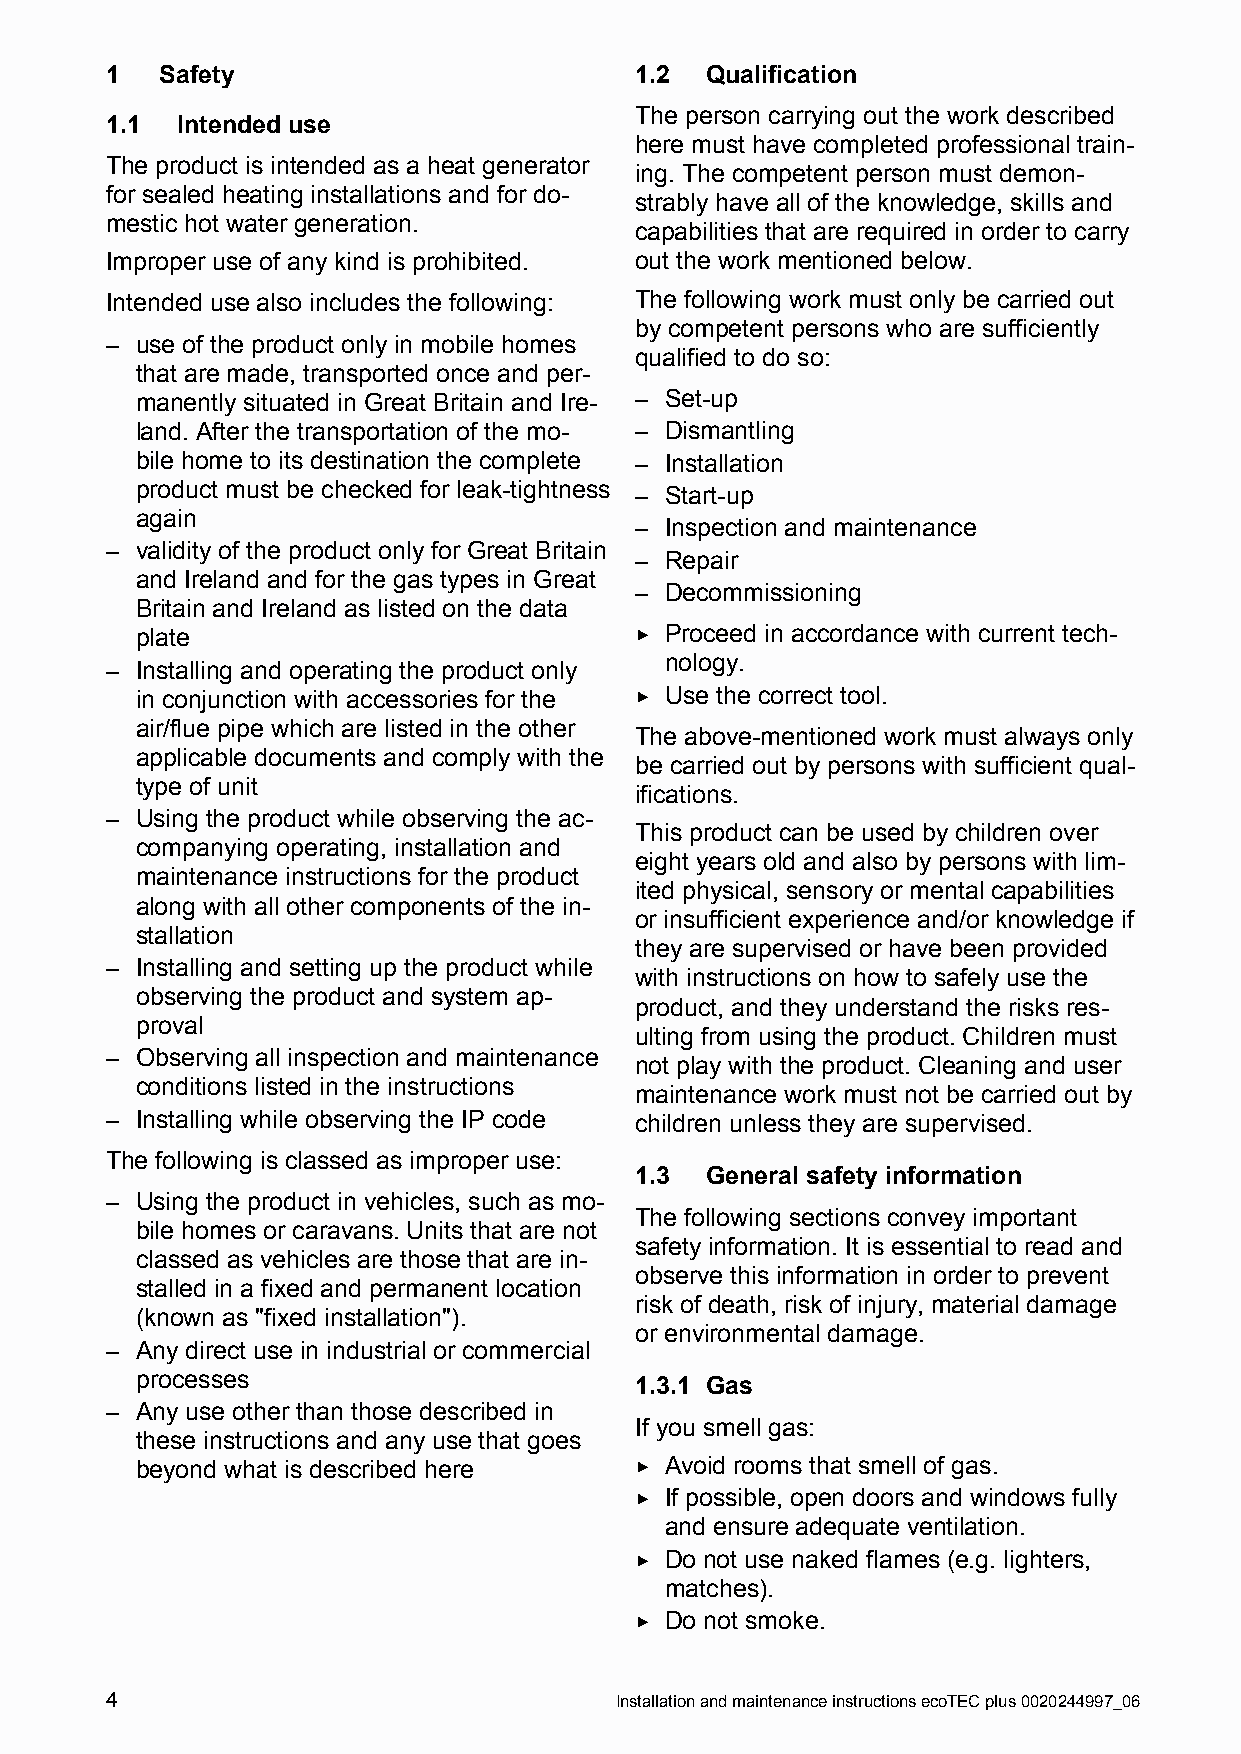
1   Safety                         1.2  Qualification
 The person carrying out the work described
 1.1  Intended use
 here must have completed professional train-
 The product is intended as a heat generator
 ing. The competent person must demon-
 for sealed heating installations and for do-
 strably have all of the knowledge, skills and
 mestic hot water generation.
 capabilities that are required in order to carry
 Improper use of any kind is prohibited. out the work mentioned below.
 Intended use also includes the following: The following work must only be carried out
 by competent persons who are sufficiently
 – use of the product only in mobile homes
 qualified to do so:
 that are made, transported once and per-
 manently situated in Great Britain and Ire- – Set-up
 land. After the transportation of the mo- – Dismantling
 bile home to its destination the complete – Installation
 product must be checked for leak-tightness – Start-up
 again
 – Inspection and maintenance
 – validity of the product only for Great Britain
 – Repair
 and Ireland and for the gas types in Great
 – Decommissioning
 Britain and Ireland as listed on the data
 plate                            ▶ Proceed in accordance with current tech-
 nology.
 – Installing and operating the product only
 in conjunction with accessories for the ▶ Use the correct tool.
 air/flue pipe which are listed in the other
 The above-mentioned work must always only
 applicable documents and comply with the
 be carried out by persons with sufficient qual-
 type of unit
 ifications.
 – Using the product while observing the ac-
 This product can be used by children over
 companying operating, installation and
 eight years old and also by persons with lim-
 maintenance instructions for the product
 ited physical, sensory or mental capabilities
 along with all other components of the in-
 or insufficient experience and/or knowledge if
 stallation
 they are supervised or have been provided
 – Installing and setting up the product while
 with instructions on how to safely use the
 observing the product and system ap-
 product, and they understand the risks res-
 proval
 ulting from using the product. Children must
 – Observing all inspection and maintenance
 not play with the product. Cleaning and user
 conditions listed in the instructions
 maintenance work must not be carried out by
 – Installing while observing the IP code children unless they are supervised.
 The following is classed as improper use:
 1.3  General safety information
 – Using the product in vehicles, such as mo-
 The following sections convey important
 bile homes or caravans. Units that are not
 safety information. It is essential to read and
 classed as vehicles are those that are in-
 observe this information in order to prevent
 stalled in a fixed and permanent location
 risk of death, risk of injury, material damage
 (known as "fixed installation").
 or environmental damage.
 – Any direct use in industrial or commercial
 processes
 1.3.1 Gas
 – Any use other than those described in
 If you smell gas:
 these instructions and any use that goes
 beyond what is described here    ▶ Avoid rooms that smell of gas.
 ▶ If possible, open doors and windows fully
 and ensure adequate ventilation.
 ▶ Do not use naked flames (e.g. lighters,
 matches).
 ▶ Do not smoke.
 4                                 InstallationandmaintenanceinstructionsecoTECplus0020244997_06